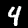
Label: 4